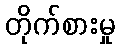
တိုက်စားမှု